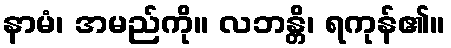
နာမံ၊ အမည်ကို။ လဘန္တိ၊ ရကုန်၏။